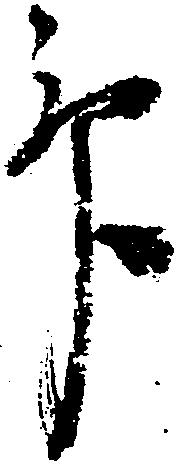
畢